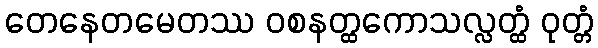
တေနေတမေတဿ ဝစနတ္ထကောသလ္လတ္ထံ ဝုတ္တံ